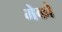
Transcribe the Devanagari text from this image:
मेको